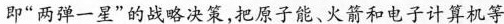
即”两弹一星”的战略决策，把原子能、火箭和电子计算机等